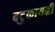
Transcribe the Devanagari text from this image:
बटुकायह्रीं